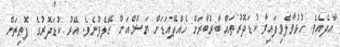
އާދެއެވެ. ހުޅުވާލެވިފައިވާ ކުޑަދޮރުތައް ބާރުބާރަށް ހެއްޕޭއަޑަށް ޔަޝްމްއަށް ހޭލެވުނެވެ. އޭރު ކުޑަދޮރުގެ ފޮތިތަށް